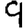
Digit: 9